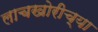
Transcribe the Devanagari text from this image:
लाचखोरीच्या